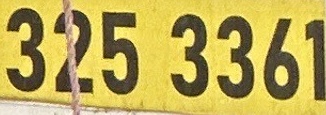
325 3361